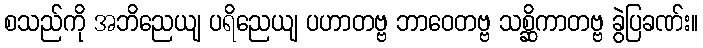
စသည်ကို အဘိညေယျ ပရိညေယျ ပဟာတဗ္ဗ ဘာဝေတဗ္ဗ သစ္ဆိကာတဗ္ဗ ခွဲပြခဏ်း။